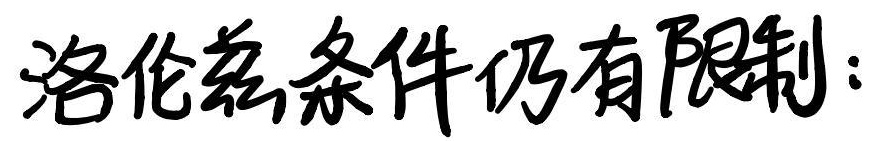
洛伦兹条件仍有限制：